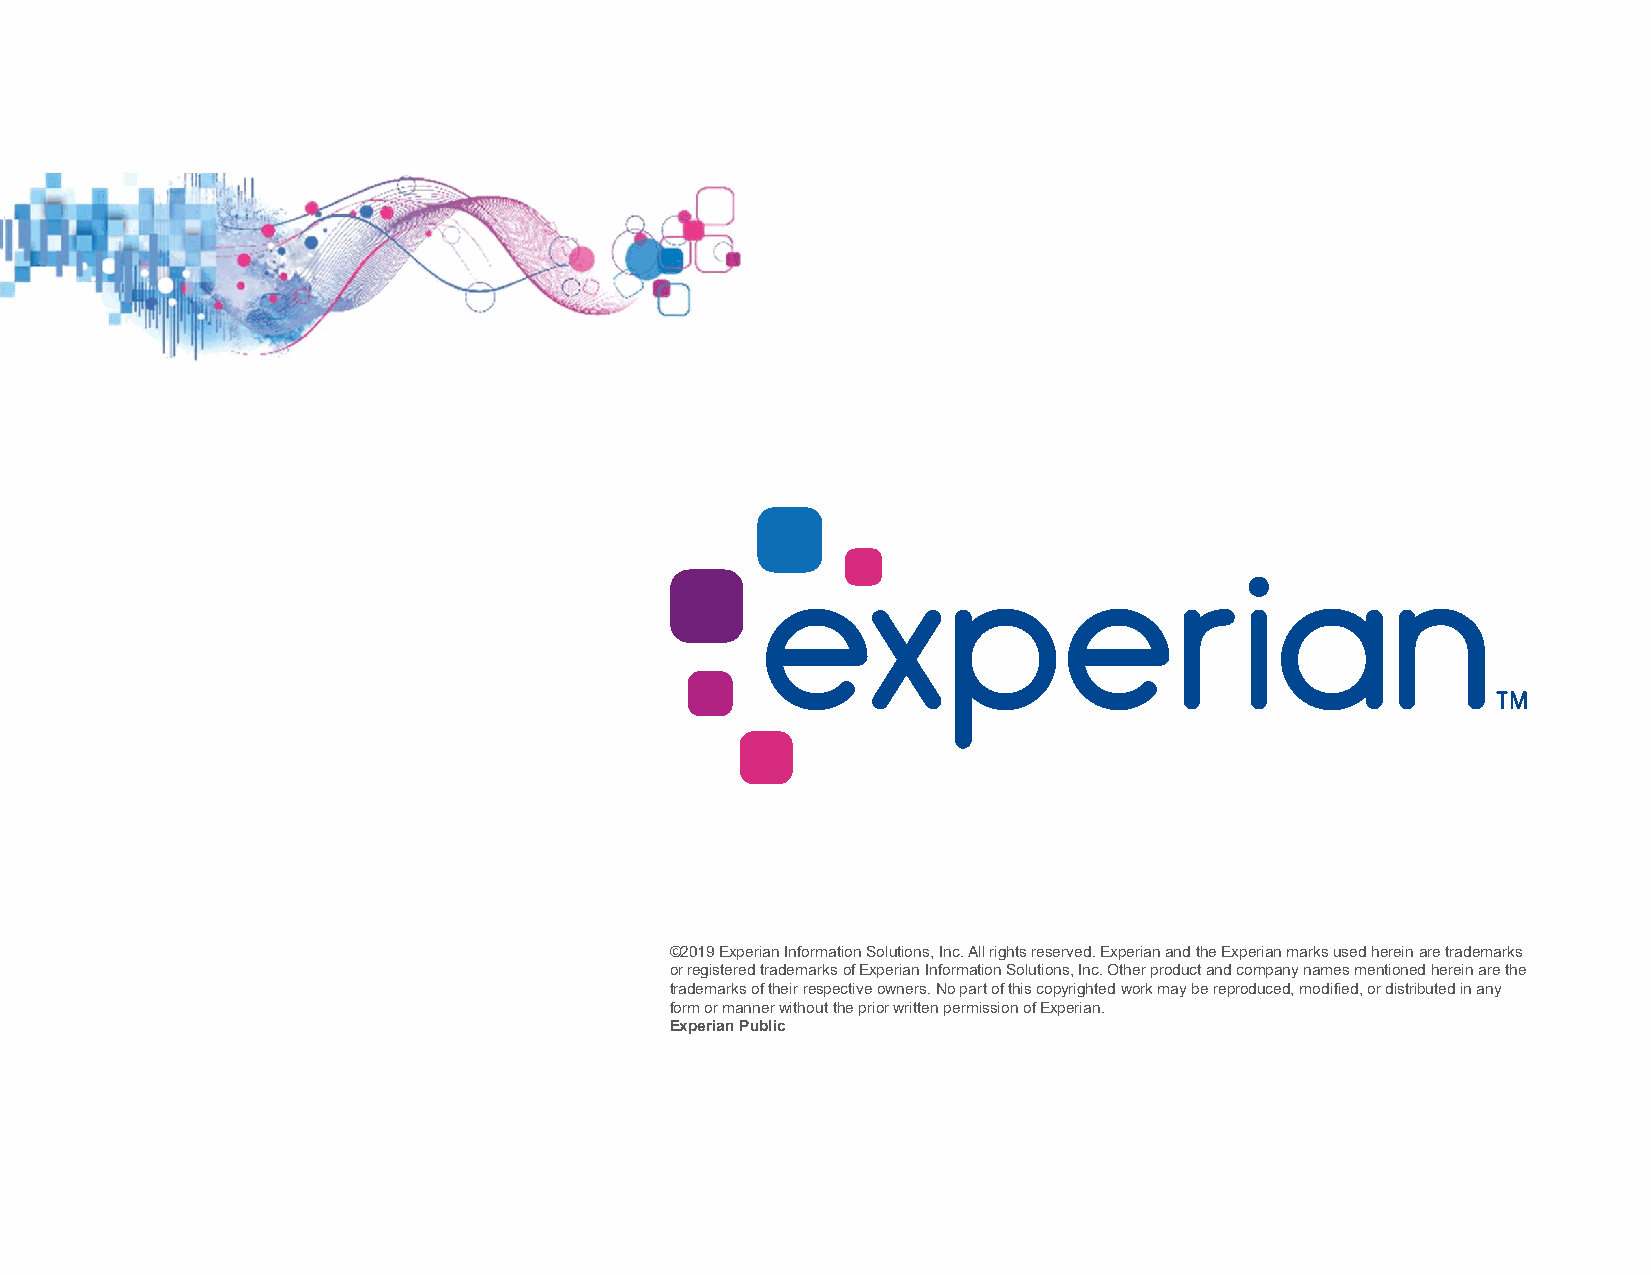
©2019 Experian Information Solutions, Inc. All rights reserved. Experian and the Experian marks used herein are trademarks
 or registered trademarks of Experian Information Solutions, Inc. Other product and company names mentioned herein are the
 trademarks of their respective owners. No part of this copyrighted work may be reproduced, modified, or distributed in any
 form or manner without the prior written permission of Experian.
 Experian Public